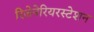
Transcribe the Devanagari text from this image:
रिजेनेरियरस्टेशन